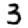
Digit: 3